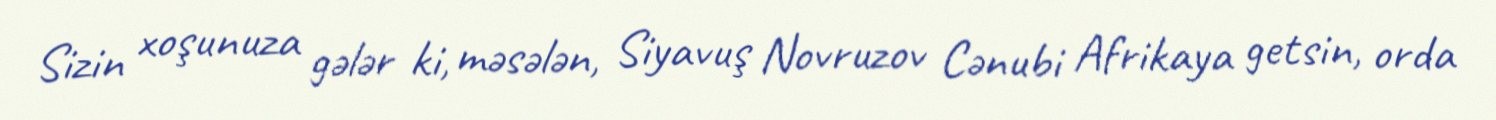
Sizin xoşunuza gələr ki, məsələn, Siyavuş Novruzov Cənubi Afrikaya getsin, orda